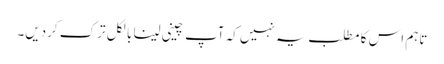
تاہم اس کا مطلب یہ نہیں کہ آپ چینی لینا بالکل ترک کردیں۔